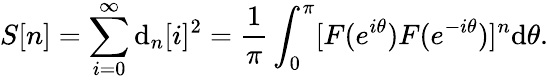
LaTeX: S[n]=\sum_{i=0}^{\infty}\mathrm{d}_{n}[i]^{2}=\frac{{1}}{{\pi}}\int_{0}^{\pi}[F(e^{i\theta})F(e^{-i\theta})]^{n}\mathrm{d}\theta.